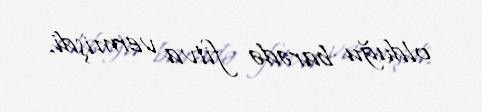
olduğu barədə fitva vermişdi.